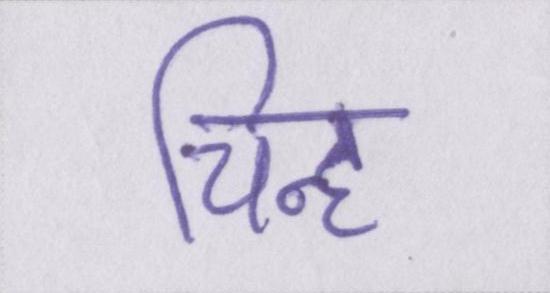
चिह्न